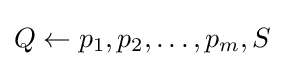
Q\gets {p_{1},p_{2},\dots ,p_{m},S}